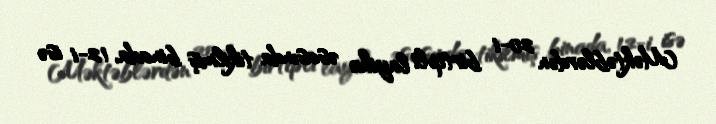
Məktəblərdən 20-i birtipli layihə əsasında tikilmiş binada, 12-i isə